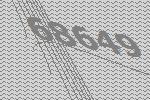
68649